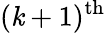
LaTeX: (\mathit{k}+1)^{\mathrm{{th}}}